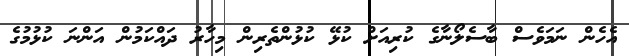
އެހެން ނަމަވެސް ބާސެލޯނާގެ ކުރިއަށް ކުޅޭ ކުޅުންތެރިން މިހާރު ދައްކަމުން އަންނަ ކުޅުމުގެ